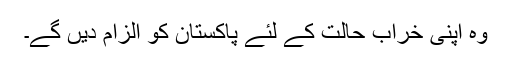
وہ اپنی خراب حالت کے لئے پاکستان کو الزام دیں گے۔